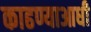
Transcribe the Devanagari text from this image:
काढण्याआधी